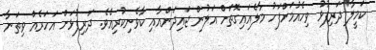
ކަމީލާ ދަރިފުޅު ވިހެއުމަށްފަހު މާލެއައިގޮތަށް އަލުން ޖައިދަންއާއި ކާވެނިކުރިއެވެ. ދަރިފުޅަށް އަހަރެއް ވިތަނާ